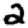
Digit: 2